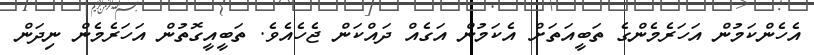
އެހެންކަމުން އަހަރެމެންގެ ތަބީއަތަށް އެކަމުން އަގެއް ދައްކަން ޖެހެއެވެ. ތަބީއީގޮތުން އަހަރެމެން ނިދަން